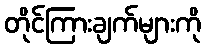
တိုင်ကြားချက်များကို